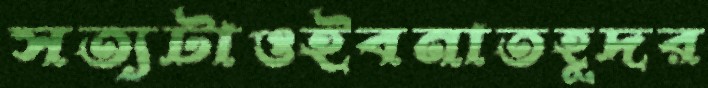
সত্যটাওইবনাতহূদর